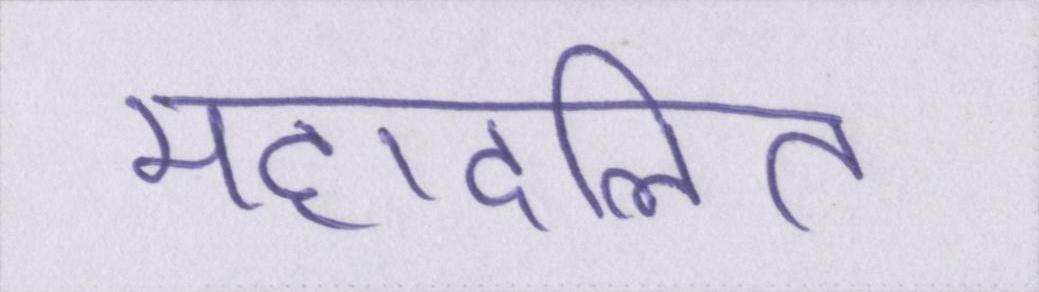
महादलित